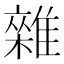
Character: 雜